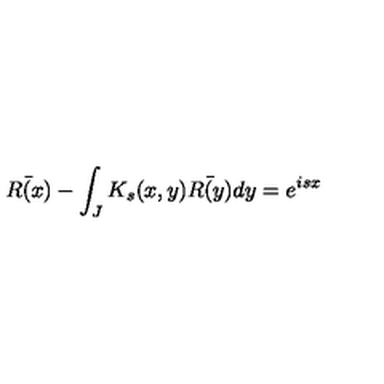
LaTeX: \bar { R ( x ) } - \int _ { J } K _ { s } ( x , y ) \bar { R ( y ) } d y = e ^ { i s x }